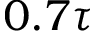
0 . 7 \tau